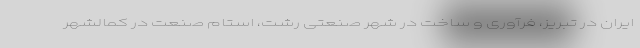
ایران در تبریز، فرآوری و ساخت در شهر صنعتی رشت، استام صنعت در کمالشهر